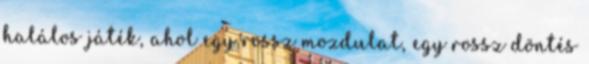
halálos játék, ahol egy rossz mozdulat, egy rossz döntés